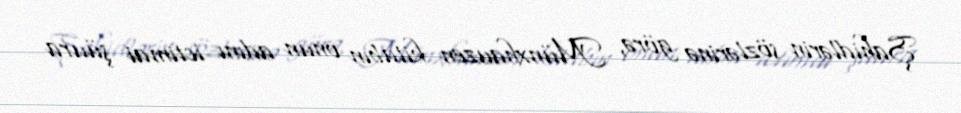
Şahidlərin sözlərinə görə, Münxhauzen kitabın onun adını ictimai şüura